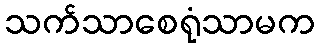
သက်သာစေရုံသာမက